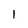
Character: 1